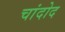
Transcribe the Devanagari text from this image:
चांदोद